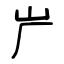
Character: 屵